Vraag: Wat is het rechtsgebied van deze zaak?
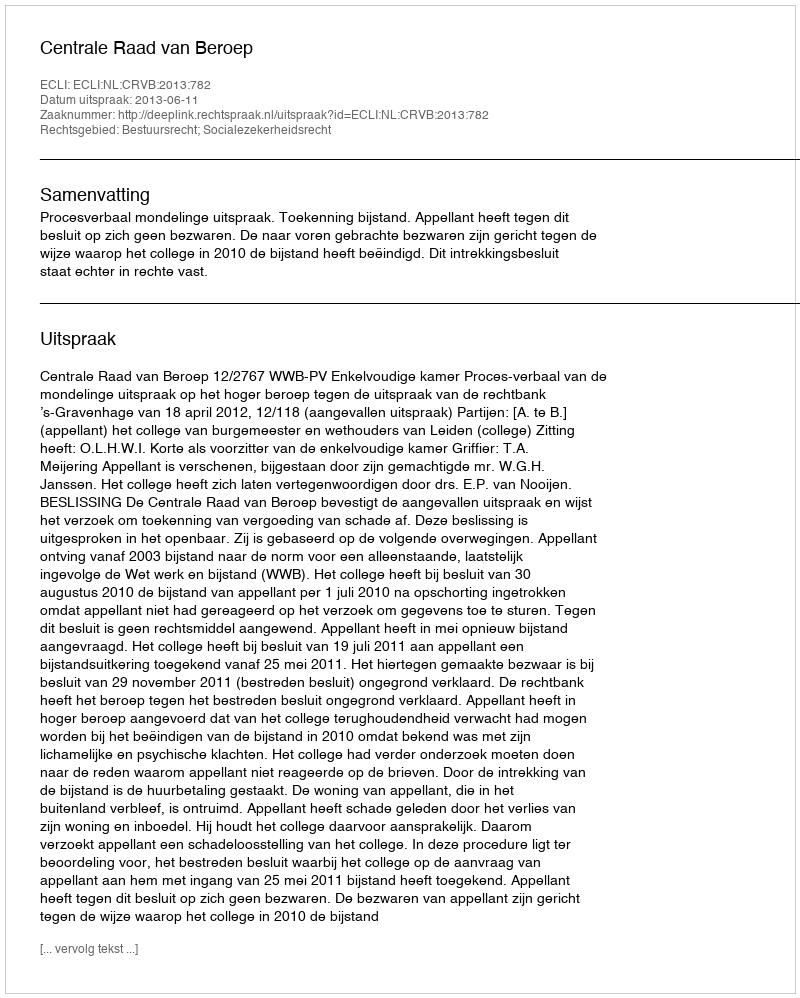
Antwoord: Bestuursrecht; Socialezekerheidsrecht